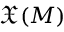
{ \mathfrak { X } } ( M )